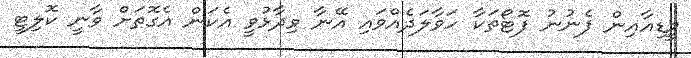
މީޑިއާއިން ފެނުނު ފޮޓޯތަކާ ހަވާލަދެއްވައި އޭނާ ވިދާޅުވީ އެކަން އެގޮތަށް ވާނީ ކޮލިޓީ